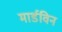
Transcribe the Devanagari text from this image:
मार्डविन